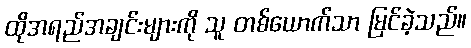
ထိုအရည်အချင်းများကို သူ တစ်ယောက်သာ မြင်ခဲ့သည်။